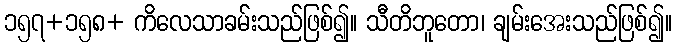
၁၅၇+၁၅၈+ ကိလေသာခမ်းသည်ဖြစ်၍။ သီတိဘူတော၊ ချမ်းအေးသည်ဖြစ်၍။